Report on lock hospitals in British Burma
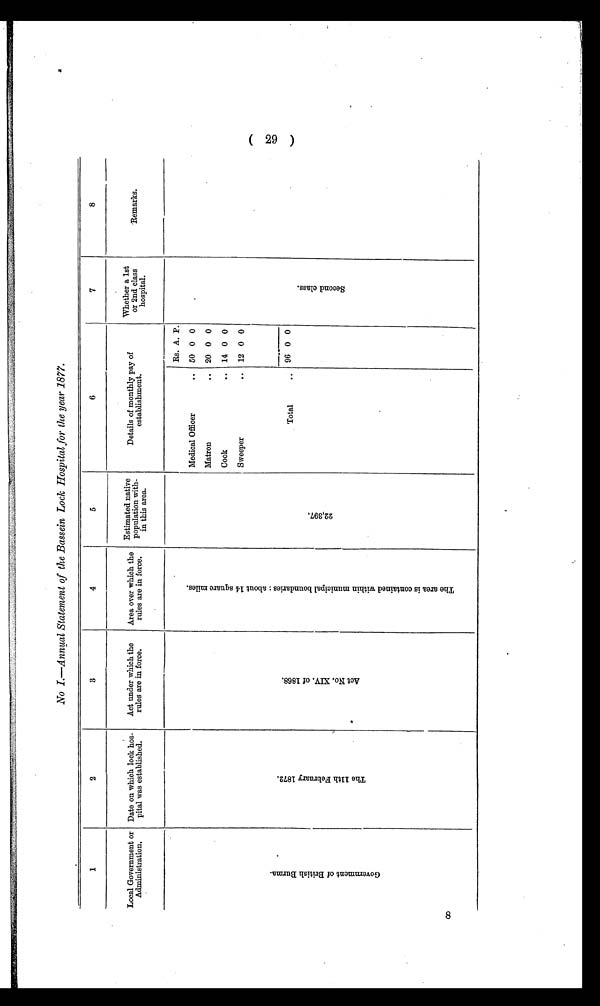
No I.—Annual Statement of the Bassein Lock Hospital for the year 1877.
1
2
3
4
5
6
7
8
Local Government or
Administration.
Date on which lock hos-
pital was established.
Act under which the
rules are in force.
Area over which the
rules are in force.
Estimated native
population with-
in this area.
Details of monthly pay of
establishment.
Whether a 1st
or 2nd class
hospital.
Remarks.
G o v e r n m e n t o f B r i t i s h B u r m a .
T h e 1 1 t h F e b r u a r y 1 8 7 2 .
A c t N o . X I V . o f 1 8 6 8 .
T h e a r e a i s c o n t a i n e d w i t h i n m u n i c i p a l b o u n d a r i e s : a b o u t 1 4 s q u a r e m i l e s .
2 2 , 3 9 7 .
Medical Officer
..
Rs. A. P.
S e c o n d c l a s s .
50 0 0
Matron
.. 20 0 0
Cook
..
14 0 0
Sweeper
.. 12 0 0
Total
. .
96 0 0
29